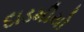
દાડમીયો